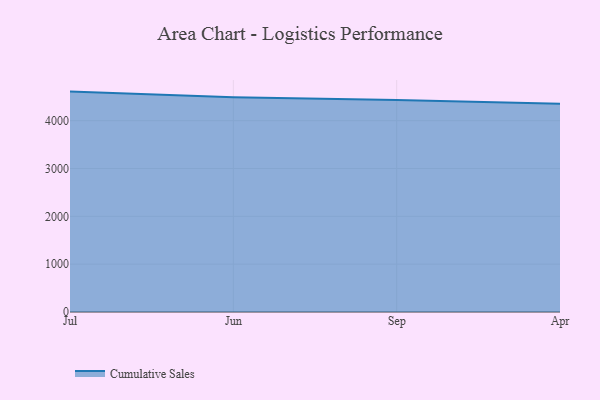
{"axis": {"x": "Month", "y": "Revenue (USD Million)"}, "legend": ["Cumulative Sales"], "data": [{"x": "Jul", "y": 4607.7, "type": "Cumulative Sales"}, {"x": "Jun", "y": 4492.1, "type": "Cumulative Sales"}, {"x": "Sep", "y": 4432.8, "type": "Cumulative Sales"}, {"x": "Apr", "y": 4353.5, "type": "Cumulative Sales"}]}